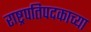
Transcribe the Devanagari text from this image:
राष्ट्रपतिपदकाच्या